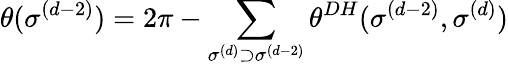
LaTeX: \theta(\sigma^{(d-2)})=2\pi-\sum_{\sigma^{(d)}\supset\sigma^{(d-2)}}\theta^{DH}(\sigma^{(d-2)},\sigma^{(d)})